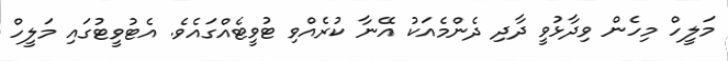
މަލީހް މިހެން ވިދާޅުވީ ދާދި ދެންމެއަކު އޭނާ ކުރެއްވި ޓުވީޓެއްގައެވެ. އެޓުވީޓުގައި މަލީހް